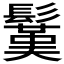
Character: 𩮽